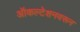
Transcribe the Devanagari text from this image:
ऑकल्टेशनवरून